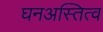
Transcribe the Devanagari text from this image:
घनअस्तित्व